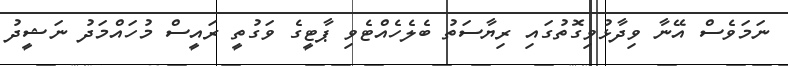
ނަމަވެސް އޭނާ ވިދާޅުވިގޮތުގައި ރިޔާސަތު ބެލެހެއްޓެވި ޕާޓީގެ ވަގުތީ ރައީސް މުހައްމަދު ނަޝީދު